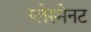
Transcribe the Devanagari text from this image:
प्लेस्मेनट